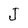
Character: J